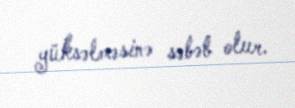
yüksəlməsinə səbəb olur.